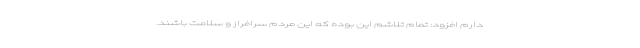
دارم افزود: تمام تلاشم این بوده که این مردم سرافراز و سلامت باشند.